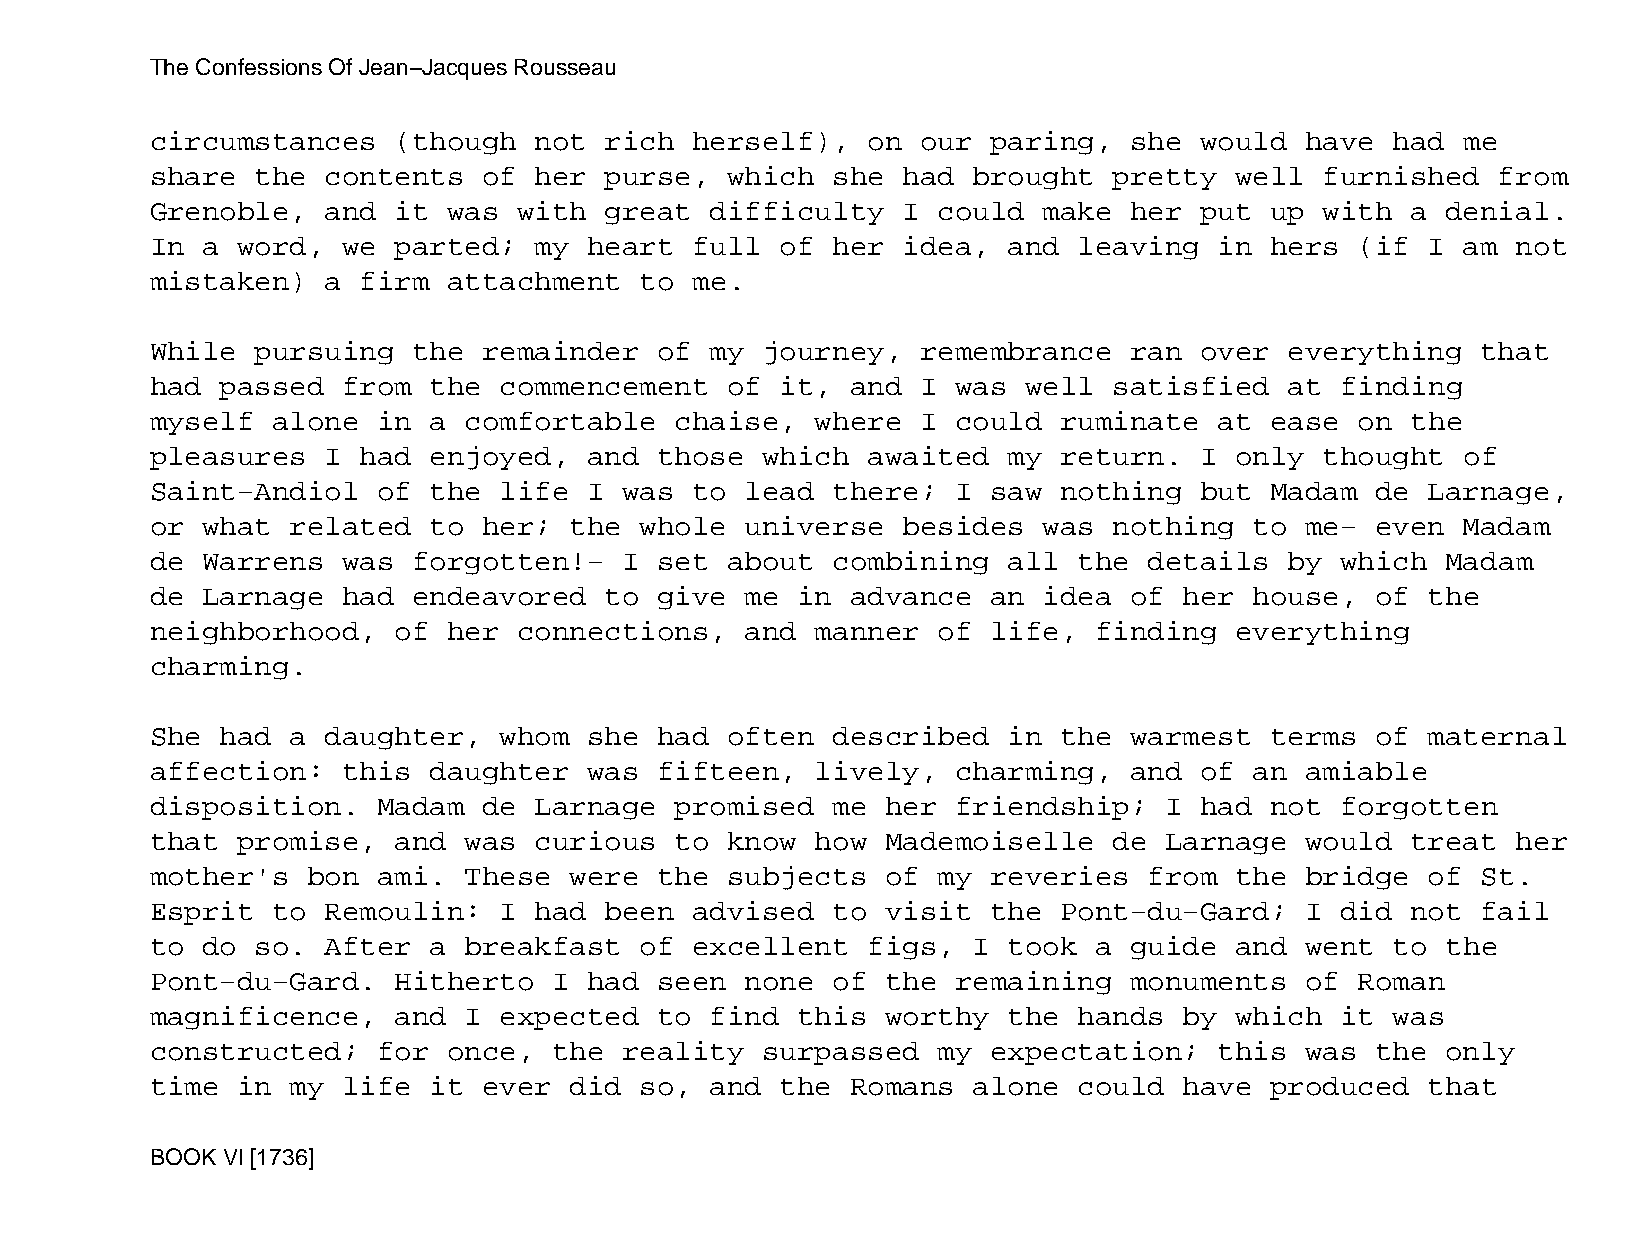
The Confessions Of Jean−Jacques Rousseau
 circumstances   (though  not  rich  herself),  on  our  paring,  she would  have  had  me
 share  the  contents  of her  purse,  which  she  had brought   pretty  well  furnished  from
 Grenoble,   and it  was with  great  difficulty   I could  make  her put  up  with a  denial.
 In a  word,  we parted;  my  heart  full  of her  idea,  and leaving   in hers  (if  I am not
 mistaken)   a firm  attachment  to  me.
 While  pursuing  the  remainder   of my journey,   remembrance   ran over  everything   that
 had  passed  from the  commencement   of  it, and  I was  well  satisfied  at  finding
 myself  alone  in a  comfortable   chaise,  where  I could  ruminate   at ease  on the
 pleasures   I had enjoyed,   and  those which  awaited   my return.  I  only  thought  of
 Saint−Andiol   of the  life  I was  to lead  there;  I  saw nothing  but  Madam  de  Larnage,
 or what  related  to  her;  the whole  universe   besides  was  nothing  to me−  even  Madam
 de Warrens   was forgotten!−   I  set about  combining   all the  details  by  which  Madam
 de Larnage   had endeavored   to  give me  in advance   an idea  of her  house,  of  the
 neighborhood,   of  her connections,   and  manner  of  life, finding   everything
 charming.
 She  had a  daughter,  whom  she  had often  described   in the  warmest  terms  of  maternal
 affection:   this daughter   was  fifteen,  lively,  charming,   and of  an amiable
 disposition.   Madam  de Larnage   promised  me  her friendship;   I had  not  forgotten
 that  promise,  and  was curious   to know  how  Mademoiselle   de Larnage  would  treat  her
 mother's  bon  ami.  These  were  the subjects   of my  reveries  from  the bridge   of St.
 Esprit  to  Remoulin:  I had  been  advised  to  visit  the Pont−du−Gard;   I  did not  fail
 to do  so.  After a  breakfast  of  excellent  figs,  I  took a  guide  and went  to  the
 Pont−du−Gard.   Hitherto   I had  seen none  of  the remaining   monuments  of  Roman
 magnificence,   and  I expected   to find  this  worthy  the hands  by  which  it was
 constructed;   for  once,  the reality  surpassed   my  expectation;   this was  the  only
 time  in my  life it  ever  did so,  and  the Romans  alone  could  have  produced   that
 BOOK VI [1736]